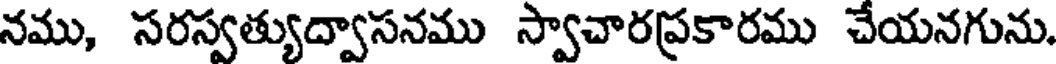
నము, సరస్వత్యుద్వాసనము స్వాచారప్రకారము చేయనగును.